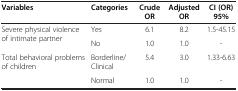
| Variables | Categories | Crude OR | Adjusted OR | CI (OR) 95% |
 | --- | --- | --- | --- | --- |
 | <ROWSPAN=2> Severe physical violence of intimate partner | Yes | 6.1 | 8.2 | 1.5-45.15 |
 | No | 1.0 | 1.0 | - |
 | <ROWSPAN=2> Total behavioral problems of children | Borderline/Clinical | 5.4 | 3.0 | 1.33-6.63 |
 | Normal | 1.0 | 1.0 | - |